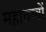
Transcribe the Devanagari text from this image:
महातत्वों